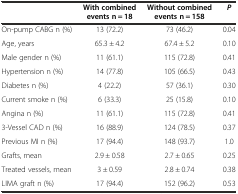
|  | With combined events n = 18 | Without combined events n = 158 | P |
 | --- | --- | --- | --- |
 | On-pump CABG n (%) | 13 (72.2) | 73 (46.2) | 0.04 |
 | Age, years | 65.3 ± 4.2 | 67.4 ± 5.2 | 0.10 |
 | Male gender n (%) | 11 (61.1) | 115 (72.8) | 0.41 |
 | Hypertension n (%) | 14 (77.8) | 105 (66.5) | 0.43 |
 | Diabetes n (%) | 4 (22.2) | 57 (36.1) | 0.30 |
 | Current smoke n (%) | 6 (33.3) | 25 (15.8) | 0.10 |
 | Angina n (%) | 11 (61.1) | 115 (72.8) | 0.41 |
 | 3-Vessel CAD n (%) | 16 (88.9) | 124 (78.5) | 0.37 |
 | Previous MI n (%) | 17 (94.4) | 148 (93.7) | 1.0 |
 | Grafts, mean | 2.9 ± 0.58 | 2.7 ± 0.65 | 0.25 |
 | Treated vessels, mean | 3 ± 0.59 | 2.8 ± 0.74 | 0.38 |
 | LIMA graft n (%) | 17 (94.4) | 152 (96.2) | 0.53 |